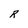
Character: R